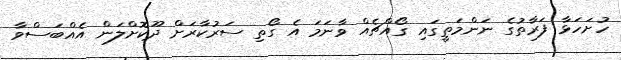
ހުށަހަޅާ ފަރާތުގެ ނަންމަތީގައި ގޯއްޗެއް ވާނަމަ އެ ގޯތި ސަރުކާރަށް ދޫކޮށްލަން އެއްބަސްވާ